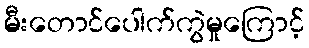
မီးတောင်ပေါက်ကွဲမှုကြောင့်